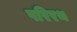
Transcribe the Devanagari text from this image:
परिरथ